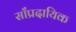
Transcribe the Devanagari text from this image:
साँप्रदायिक